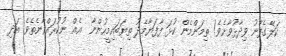
ކަލޭގެފާނު ވިދާޅުވާށެވެ! ތިމަންމެން ކުޅަ ފާފަޔާމެދު ތިޔަބައިމީހުންނާ  އެއްް ނުކުރައްވާނެތެވެ. އަދި